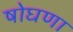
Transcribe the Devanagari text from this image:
षोघणा